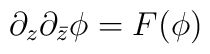
\partial_z\partial_{\bar z} \phi = F(\phi)